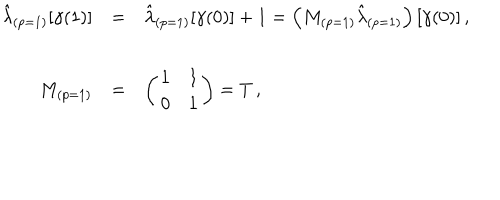
LaTeX: \begin{array} { r c l } { { \hat { \lambda } _ { ( p = 1 ) } [ \gamma ( 1 ) ] } } & { { = } } & { { \hat { \lambda } _ { ( p = 1 ) } [ \gamma ( 0 ) ] + 1 = \left( M _ { ( p = 1 ) } \hat { \lambda } _ { ( p = 1 ) } \right) [ \gamma ( 0 ) ] \, , } } \\ { { } } & { { } } & { { } } \\ { { M _ { ( p = 1 ) } } } & { { = } } & { { \left( \begin{array} { c c } { { 1 } } & { { 1 } } \\ { { 0 } } & { { 1 } } \\ \end{array} \right) = T \, , } } \\ \end{array}